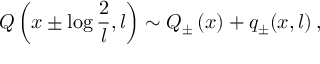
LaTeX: { \cal Q } \left( x \pm \log \displaystyle \frac { 2 } { l } , l \right) \sim { \cal Q } _ { \pm } \left( x \right) + q _ { \pm } ( x , l ) \: ,